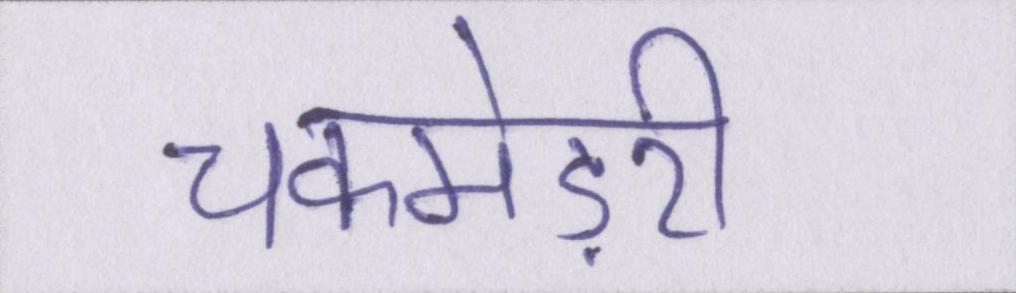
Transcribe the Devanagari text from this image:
चकमेड़री